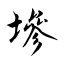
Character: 墋